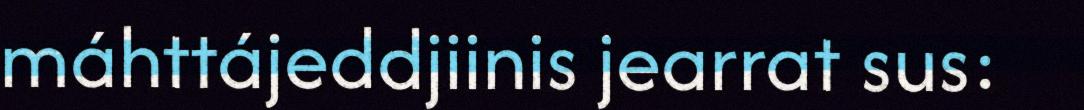
máhttájeddjiinis jearrat sus: